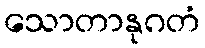
သောတာနုဂတံ